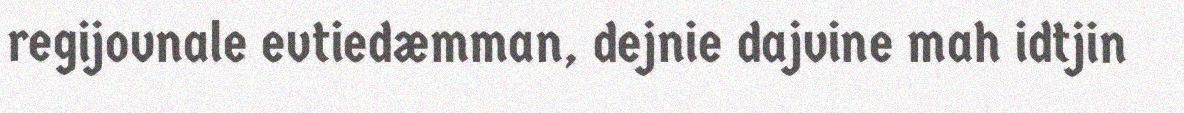
regijovnale evtiedæmman, dejnie dajvine mah idtjin